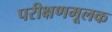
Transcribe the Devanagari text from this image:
परीक्षणमूलक